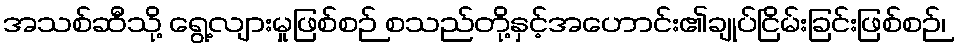
အသစ်ဆီသို့ ရွေ့လျားမှုဖြစ်စဉ် စသည်တို့နှင့်အဟောင်း၏ချုပ်ငြိမ်းခြင်းဖြစ်စဉ်၊